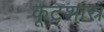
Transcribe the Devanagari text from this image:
कूटशास्र